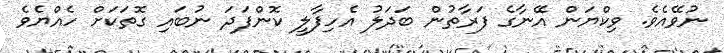
ނުވޭއެވެ. ވިކްޔަން އޭނާގެ ފަރާތުން ބަދަލު އެހިފާލީ ކޮންފަދަ ނުބައި ގޮތަކަށް ހެއްޔެވެ